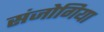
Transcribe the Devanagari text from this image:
संजोगिया